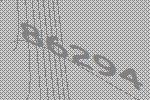
86294